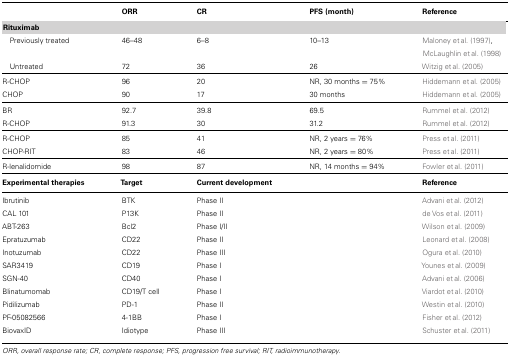
<table><thead><tr><td></td><td><b>ORR</b></td><td><b>CR</b></td><td><b>PFS (month)</b></td><td><b>Reference</b></td></tr></thead><tbody><tr><td colspan="5"><b>Rituximab</b></td></tr><tr><td>Previously treated</td><td>46–48</td><td>6–8</td><td>10–13</td><td>Maloney et al. (1997), McLaughlin et al. (1998)</td></tr><tr><td>Untreated</td><td>72</td><td>36</td><td>26</td><td>Witzig et al. (2005)</td></tr><tr><td>R-CHOP</td><td>96</td><td>20</td><td>NR, 30 months = 75%</td><td>Hiddemann et al. (2005)</td></tr><tr><td>CHOP</td><td>90</td><td>17</td><td>30 months</td><td>Hiddemann et al. (2005)</td></tr><tr><td>BR</td><td>92.7</td><td>39.8</td><td>69.5</td><td>Rummel et al. (2012)</td></tr><tr><td>R-CHOP</td><td>91.3</td><td>30</td><td>31.2</td><td>Rummel et al. (2012)</td></tr><tr><td>R-CHOP</td><td>85</td><td>41</td><td>NR, 2 years = 76%</td><td>Press et al. (2011)</td></tr><tr><td>CHOP-RIT</td><td>83</td><td>46</td><td>NR, 2 years = 80%</td><td>Press et al. (2011)</td></tr><tr><td>R-lenalidomide</td><td>98</td><td>87</td><td>NR, 14 months = 94%</td><td>Fowler et al. (2011)</td></tr><tr><td><b>Experimental therapies</b></td><td><b>Target</b></td><td><b>Current development</b></td><td></td><td><b>Reference</b></td></tr><tr><td>Ibrutinib</td><td>BTK</td><td>Phase II</td><td></td><td>Advani et al. (2012)</td></tr><tr><td>CAL 101</td><td>P13K</td><td>Phase II</td><td></td><td>de Vos et al. (2011)</td></tr><tr><td>ABT-263</td><td>Bcl2</td><td>Phase I/II</td><td></td><td>Wilson et al. (2009)</td></tr><tr><td>Epratuzumab</td><td>CD22</td><td>Phase II</td><td></td><td>Leonard et al. (2008)</td></tr><tr><td>Inotuzumab</td><td>CD22</td><td>Phase III</td><td></td><td>Ogura et al. (2010)</td></tr><tr><td>SAR3419</td><td>CD19</td><td>Phase I</td><td></td><td>Younes et al. (2009)</td></tr><tr><td>SGN-40</td><td>CD40</td><td>Phase I</td><td></td><td>Advani et al. (2006)</td></tr><tr><td>Blinatumomab</td><td>CD19/T cell</td><td>Phase I</td><td></td><td>Viardot et al. (2010)</td></tr><tr><td>Pidilizumab</td><td>PD-1</td><td>Phase II</td><td></td><td>Westin et al. (2010)</td></tr><tr><td>PF-05082566</td><td>4-1BB</td><td>Phase I</td><td></td><td>Fisher et al. (2012)</td></tr><tr><td>BiovaxID</td><td>Idiotype</td><td>Phase III</td><td></td><td>Schuster et al. (2011)<b></b></td></tr></tbody></table>